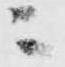
ニ